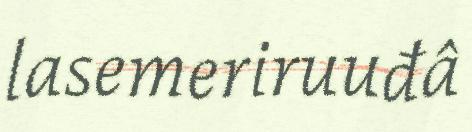
lasemeriruuđâ